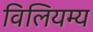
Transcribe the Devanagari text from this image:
विलियम्य